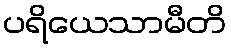
ပရိယေသာမီတိ